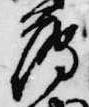
薄